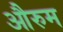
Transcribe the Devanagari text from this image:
औरुम